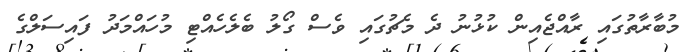
މުބާރާތުގައި ރާއްޖެއިން ކުޅުނު ދެ މެޗުގައި ވެސް ގޯލު ބެލެހެއްޓި މުހައްމަދު ފައިސަލްގެ